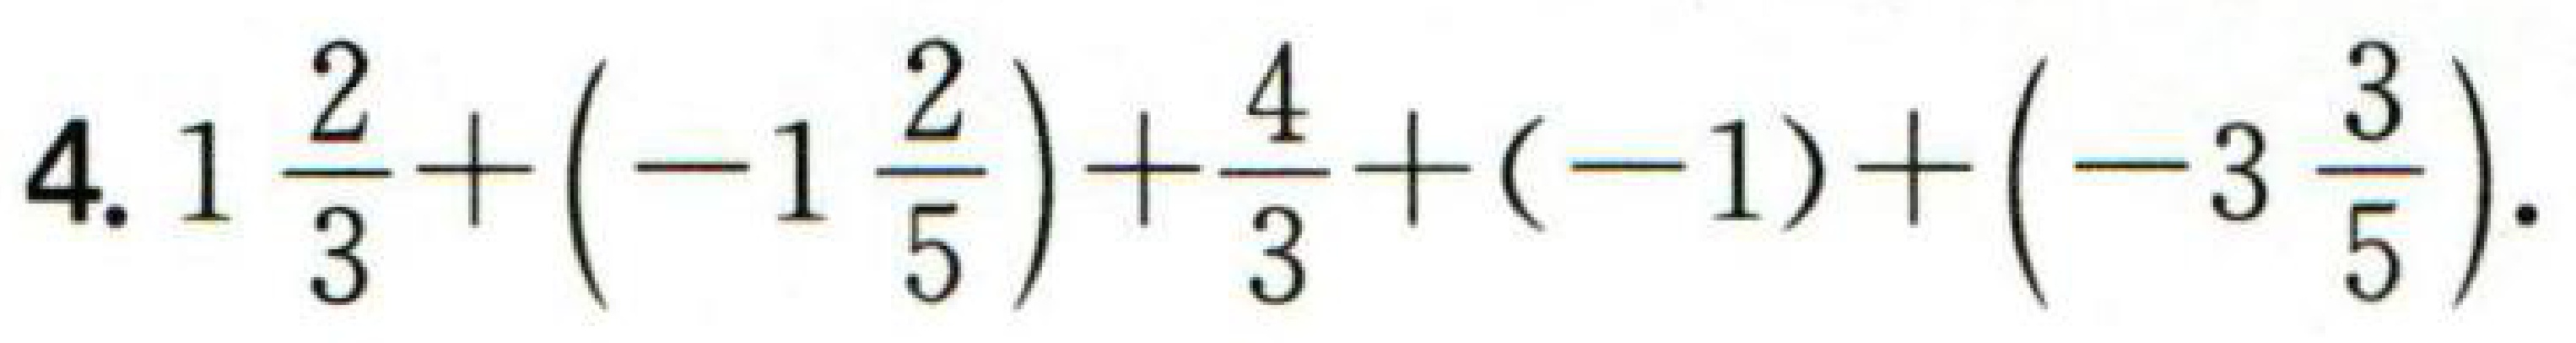
$4.1\frac{2}{3}+\left(-1\frac{2}{5}\right)+\frac{4}{3}+(-1)+\left(-3\frac{3}{5}\right).$